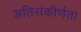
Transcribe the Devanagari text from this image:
अतिसंकीर्णता